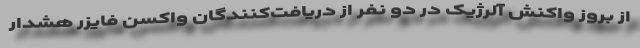
از بروز واکنش آلرژیک در دو نفر از دریافت‌کنندگان واکسن فایزر هشدار